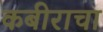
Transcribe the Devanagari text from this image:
कबीराचा